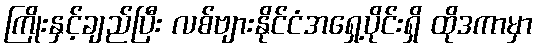
ကြိုးနှင့်ချည်ပြီး လစ်ဗျားနိုင်ငံအရှေ့ပိုင်းရှိ ထိုဒကာမှာ